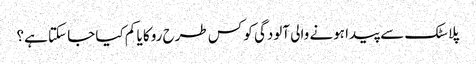
پلاسٹک سے پیدا ہونے والی آلودگی کو کس طرح روکا یا کم کیا جا سکتا ہے؟